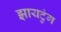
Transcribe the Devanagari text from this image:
झायटुंग